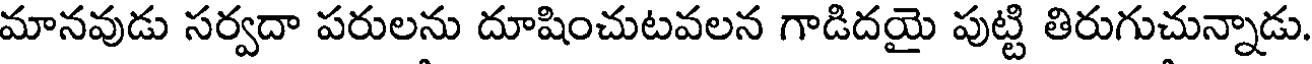
మానవుడు సర్వదా పరులను దూషించుటవలన గాడిదయై పుట్టి తిరుగుచున్నాడు.